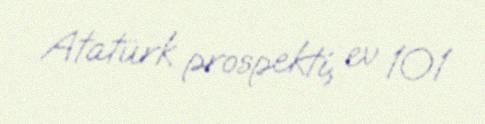
Atatürk prospekti, ev 101